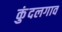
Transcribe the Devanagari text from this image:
कुंदलगाव